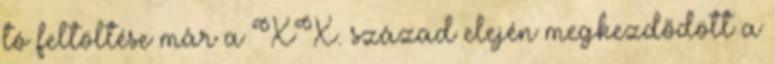
tó feltöltése már a XX. század elején megkezdődött a